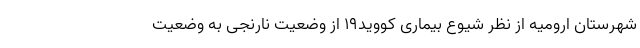
شهرستان ارومیه از نظر شیوع بیماری کووید۱۹ از وضعیت نارنجی به وضعیت